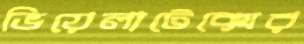
ভিয়েলাটেক্সের